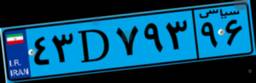
۴۳D۷۹۳۹۶